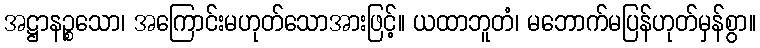
အဋ္ဌာနဉ္စသော၊ အကြောင်းမဟုတ်သောအားဖြင့်။ ယထာဘူတံ၊ မဘောက်မပြန်ဟုတ်မှန်စွာ။